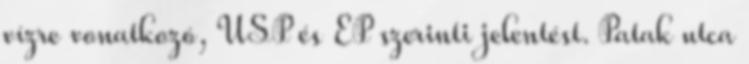
vízre vonatkozó, USP és EP szerinti jelentést. Patak utca